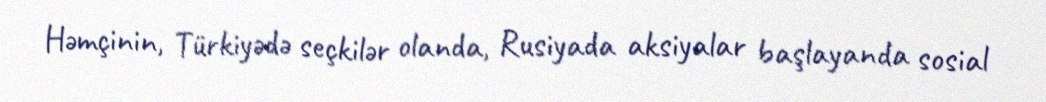
Həmçinin, Türkiyədə seçkilər olanda, Rusiyada aksiyalar başlayanda sosial